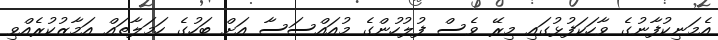
އެމަނިކުފާނުގެ ވާހަކަފުޅުގައި މިރޭ ވެސް ފުލުހުންގެ މުއައްސަސާ އަށް ބަހުގެ ހަމަލާތައް އަމާޒުކުރެއްވި